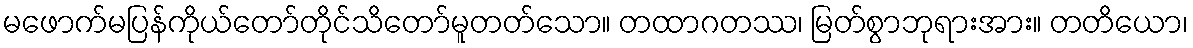
မဖောက်မပြန်ကိုယ်တော်တိုင်သိတော်မူတတ်သော။ တထာဂတဿ၊ မြတ်စွာဘုရားအား။ တတိယော၊